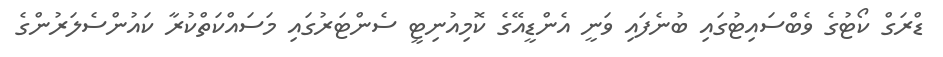
ޑްރަގް ކޯޓުގެ ވެބްސައިޓުގައި ބުނެފައި ވަނީ އެންޑީއޭގެ ކޮމިއުނިޓީ ސެންޓަރުގައި މަސައްކަތްކުރާ ކައުންސެލަރުންގެ